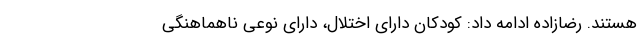
هستند. رضازاده ادامه داد: کودکان دارای اختلال، دارای نوعی ناهماهنگی